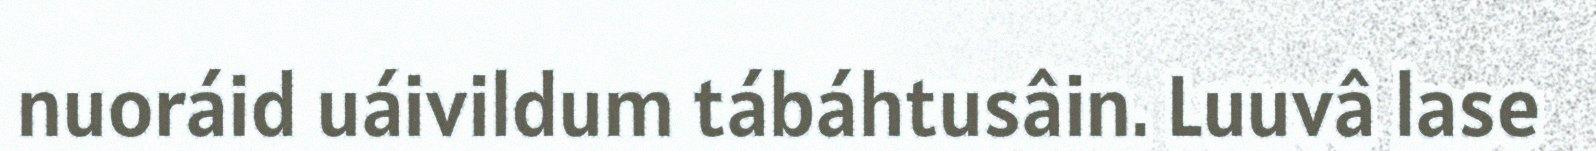
nuoráid uáivildum tábáhtusâin. Luuvâ lase